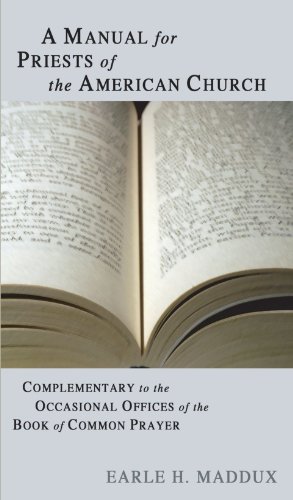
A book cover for A Manual for Priests of the American Church: Complimentary to the Occasional Offices of the Book of Common Prayer; Earle H. Maddux; Christian Books & Bibles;